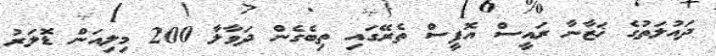
ދައުލަތުގެ ޚަޒާނާ ރައީސް އޮފީސް ތެރޭގައި ތިބެގެން ދަވާލާ 200 މިލިއަން ޑޮލަރު